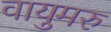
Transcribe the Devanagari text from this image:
वायुमरु